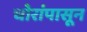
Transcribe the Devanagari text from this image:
चोरांपासून